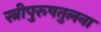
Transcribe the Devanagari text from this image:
स्त्रीपुरूषतुलना